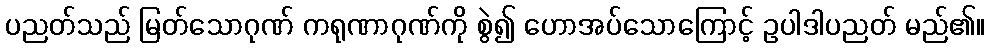
ပညတ်သည် မြတ်သောဂုဏ် ကရုဏာဂုဏ်ကို စွဲ၍ ဟောအပ်သောကြောင့် ဥပါဒါပညတ် မည်၏။